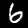
Digit: 6